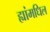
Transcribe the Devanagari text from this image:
ह्यांमधिल